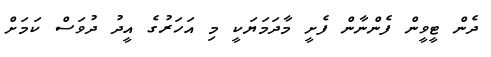
ދެން ޓީވީން ފެންނާން ފެށީ މާދަމަޔަކީ މި އަހަރުގެ އީދު ދުވަސް ކަމަށް